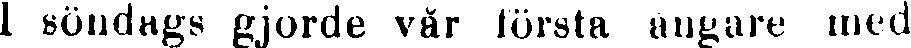
I söndags gjorde vår första ångare med